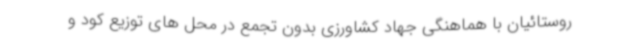
روستائیان با هماهنگی جهاد کشاورزی بدون تجمع در محل های توزیع کود و